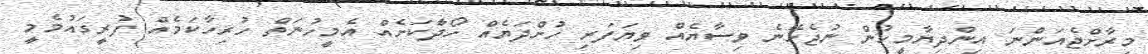
މިރާށްޖެއަންނަ އިންދިޔާމީހުން ނުޖެހޭނެ ވިސާޔެއް ވިޔަފަރި ހުށްދަޔެއް ހޯދާަކަށެއް އެމީހުނަތް ހުރިހާކަމެއް ފުރީގައުމެމީ